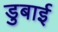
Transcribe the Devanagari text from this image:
डुबाई